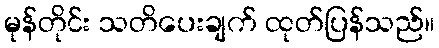
မုန်တိုင်း သတိပေးချက် ထုတ်ပြန်သည်။